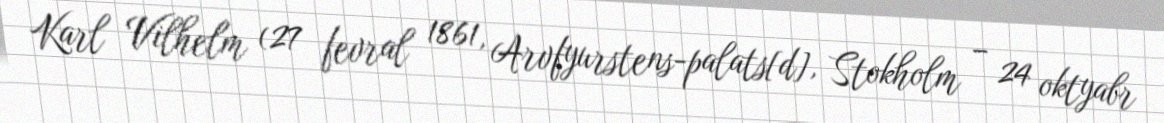
Karl Vilhelm (27 fevral 1861, Arvfyurstens-palats[d], Stokholm – 24 oktyabr